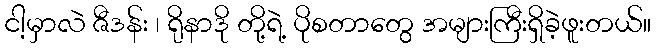
ငါ့မှာလဲ ဇီဒန်း ၊ ရိုနာဒို တို့ရဲ့ ပိုစတာတွေ အများကြီးရှိခဲ့ဖူးတယ်။